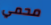
محمي